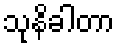
သုနိခါတာ